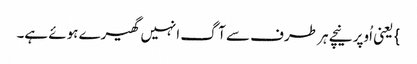
} یعنی اُوپر نیچے ہر طرف سے آگ انہیں گھیرے ہوئے ہے۔